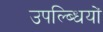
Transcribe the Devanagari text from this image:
उपल्ब्धियों